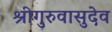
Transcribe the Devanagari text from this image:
श्रीगुरुवासुदेव